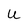
Character: u